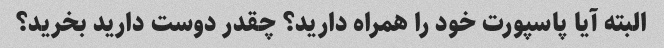
البته آیا پاسپورت خود را همراه دارید؟ چقدر دوست دارید بخرید؟